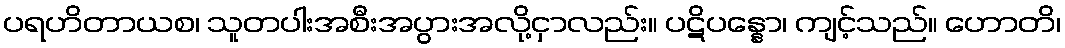
ပရဟိတာယစ၊ သူတပါးအစီးအပွားအလို့ငှာလည်း။ ပဋိပန္နော၊ ကျင့်သည်။ ဟောတိ၊